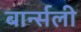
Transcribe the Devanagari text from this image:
बार्न्सली